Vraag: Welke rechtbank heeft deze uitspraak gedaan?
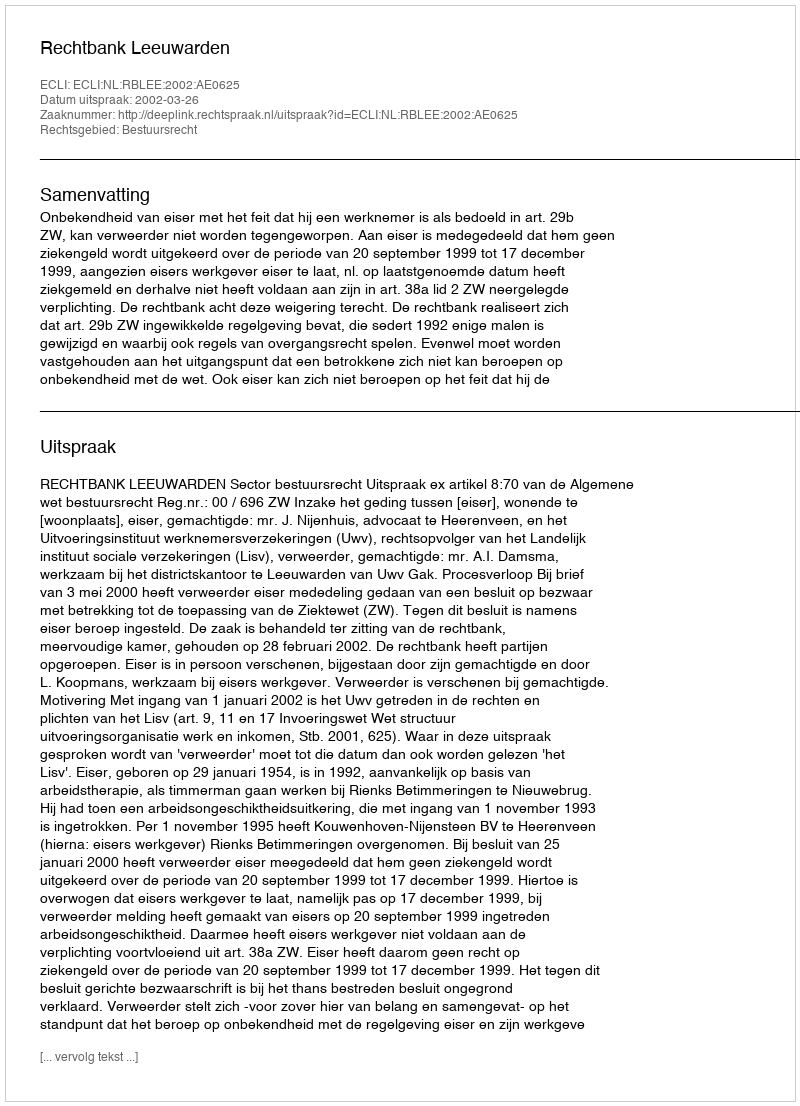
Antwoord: Rechtbank Leeuwarden